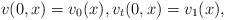
LaTeX: \begin{align*}v(0,x) = v_0(x), v_t(0,x)=v_1(x),\end{align*}